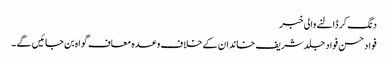
دنگ کر ڈالنے والی خبر
فواد حسن فواد جلد شریف خاندان کے خلاف وعدہ معاف گواہ بن جائیں گے ۔